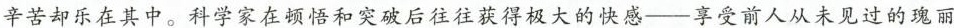
辛苦却乐在其中。科学家在顿悟和突破后往往获得极大的快感--享受前人从未见过的瑰丽